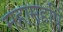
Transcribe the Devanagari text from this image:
महामहर्षि